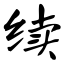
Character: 续